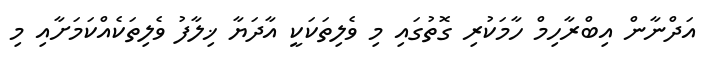
އަދްނާން އިބްރާހިމް ހާމަކުރި ގޮތުގައި މި ވެލިތަކަކީ އާދަޔާ ޚިލާފު ވެލިތަކެއްކަމަށާއި މި